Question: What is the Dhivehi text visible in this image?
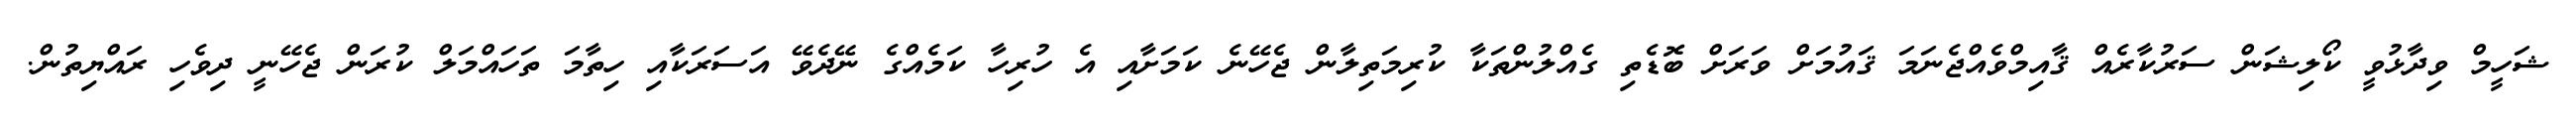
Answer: ޝަހީމް ވިދާޅުވީ ކޯލިޝަން ސަރުކާރެއް ޤާއިމްވެއްޖެނަމަ ޤައުމަށް ވަރަށް ބޮޑެތި ގެއްލުންތަކާ ކުރިމަތިލާން ޖެހޭނެ ކަމަށާއި އެ ހުރިހާ ކަމެއްގެ ނޭދެވޭ އަސަރަކާއި ހިތާމަ ތަހައްމަލް ކުރަން ޖެހޭނީ ދިވެހި ރައްޔިތުން.